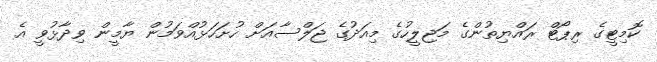
ކޮމިޓީގެ ރިޕޯޓް ރައްޔިތުންގެ މަޖިލީހުގެ މިއަދުގެ ޖަލްސާއަށް ހުށަހަޅުއްވަމުން ޔާމީން ވިދާޅުވީ އެ